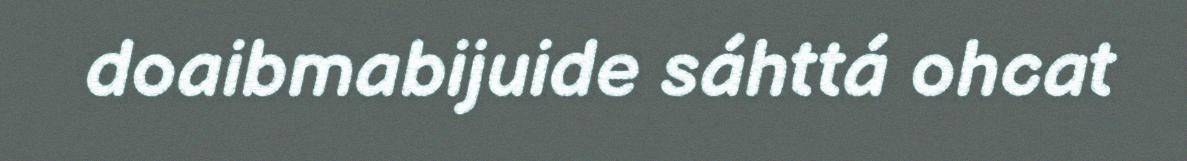
doaibmabijuide sáhttá ohcat